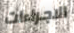
الاجراءات